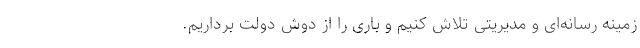
زمینه رسانه‌ای و مدیریتی تلاش کنیم و باری را از دوش دولت برداریم.